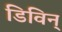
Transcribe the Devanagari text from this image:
डिविन्